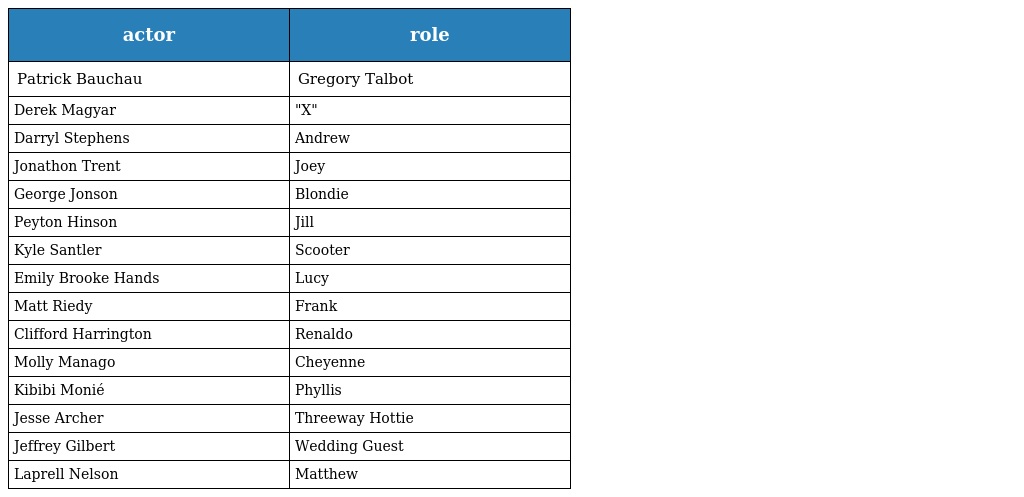
| actor | role |
 | --- | --- |
 | Patrick Bauchau | Gregory Talbot |
 | Derek Magyar | "X" |
 | Darryl Stephens | Andrew |
 | Jonathon Trent | Joey |
 | George Jonson | Blondie |
 | Peyton Hinson | Jill |
 | Kyle Santler | Scooter |
 | Emily Brooke Hands | Lucy |
 | Matt Riedy | Frank |
 | Clifford Harrington | Renaldo |
 | Molly Manago | Cheyenne |
 | Kibibi Monié | Phyllis |
 | Jesse Archer | Threeway Hottie |
 | Jeffrey Gilbert | Wedding Guest |
 | Laprell Nelson | Matthew |